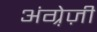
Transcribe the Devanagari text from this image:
अंग्रे़ज़ी